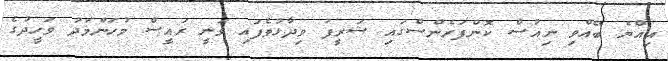
އިއްޔެ ބޭއްވި ނިއުސް ކޮންފަރެންސްގައި ޝަރީފު ވިދާޅުވެފައި ވަނީ ރައީސް މުހަންމަދު ވަހީދުގެ